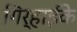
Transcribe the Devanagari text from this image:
गिर्हाईके